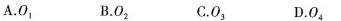
A.O_{1} B.O_{2} C.O_{3} D.O_{4}